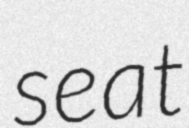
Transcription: seat